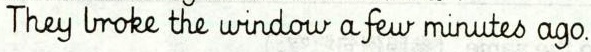
they broke the window a few minutes ago.